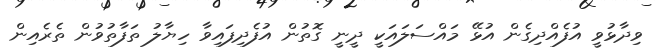
ވިދާޅުވީ އުފެއްދިގެން އުޅޭ މައްސަލައަކީ ދީނީ ގޮތުން އުފެދިފައިވާ ހިޔާލު ތަފާތުވުން ތެރެއިން